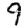
Digit: 9